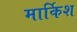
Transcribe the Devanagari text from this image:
मार्किश